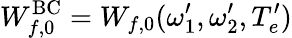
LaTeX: W_{f,0}^{\mathrm{BC}}=W_{f,0}(\omega_{1}^{\prime},\omega_{2}^{\prime},T_{e}^{\prime})